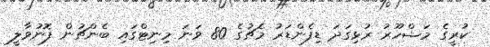
ކުރީގެ މަޝްހޫރު ރުޅިގަދަ ޑިފެންޑަރު މެޗުގެ 80 ވަނަ މިނިޓްގައި ބެންޗުން ފޮނުވާލީ